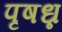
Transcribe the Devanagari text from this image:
पृषध्न